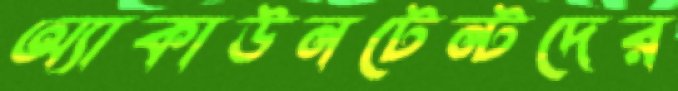
অ্যাকাউনটেন্টদের